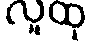
လူထု